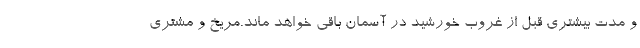
و مدت بیشتری قبل از غروب خورشید در آسمان باقی خواهد ماند.مریخ و مشتری